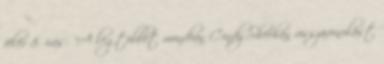
félév 8. írás: "A legtöbbet mondóan Cindy Sheehan visszavonulást